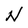
Character: N